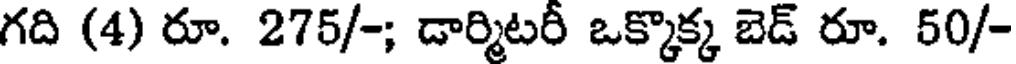
గది (4) రూ. 275/-; డార్మిటరీ ఒక్కొక్క బెడ్ రూ. 50/-